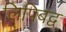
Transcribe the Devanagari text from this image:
लिपिबद्व